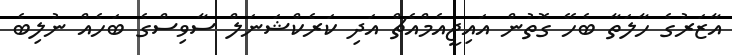
އާޒަރުގެ ހާލަތާ ބެހޭ ގޮތުން އައިޖީއެމްއެޗް އަދި ކަރެކްޝަނަލް ސާވިސްގެ ބަހެއް ނުލިބެ